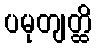
ပမုတျတ္ထိ